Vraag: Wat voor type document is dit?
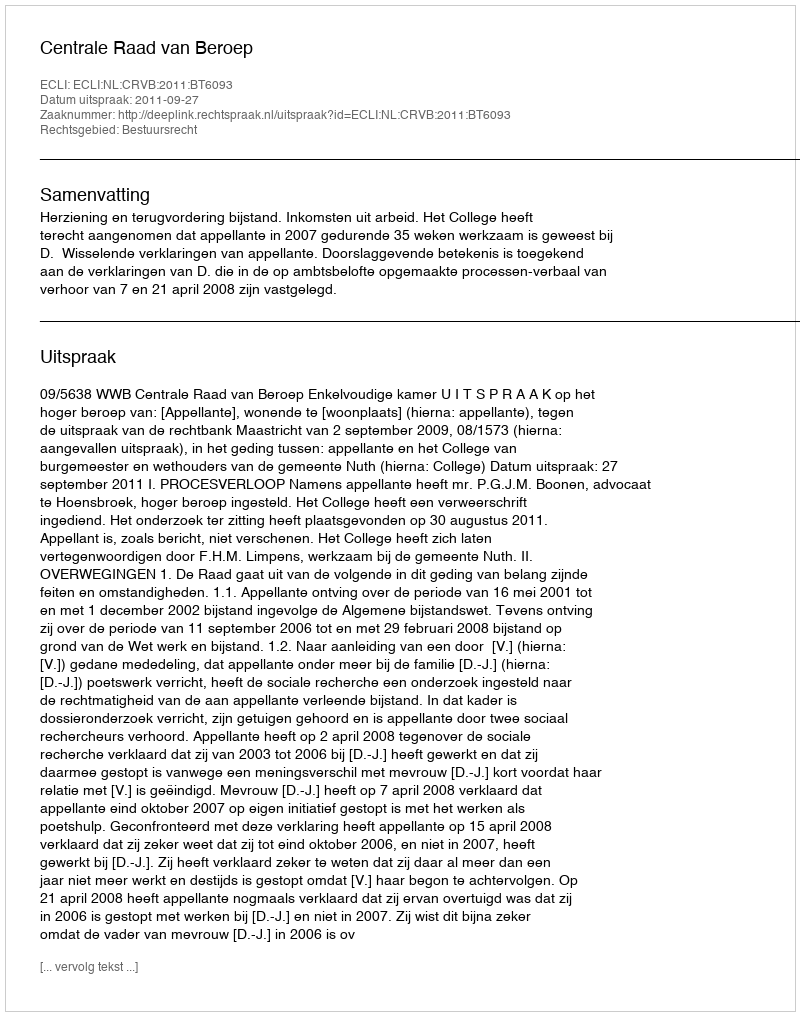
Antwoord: Uitspraak